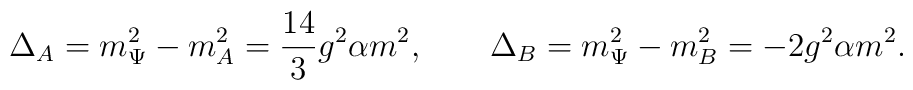
\Delta_A=m_\Psi^2-m_A^2=\frac{14}{3}g^2\alpha m^2,\qquad  \Delta_B=m_\Psi^2-m_B^2=-2g^2\alpha m^2.